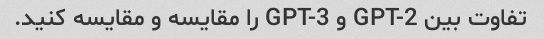
تفاوت بین GPT-2 و GPT-3 را مقایسه و مقایسه کنید.